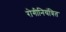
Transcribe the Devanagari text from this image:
रोगीनियंत्रित